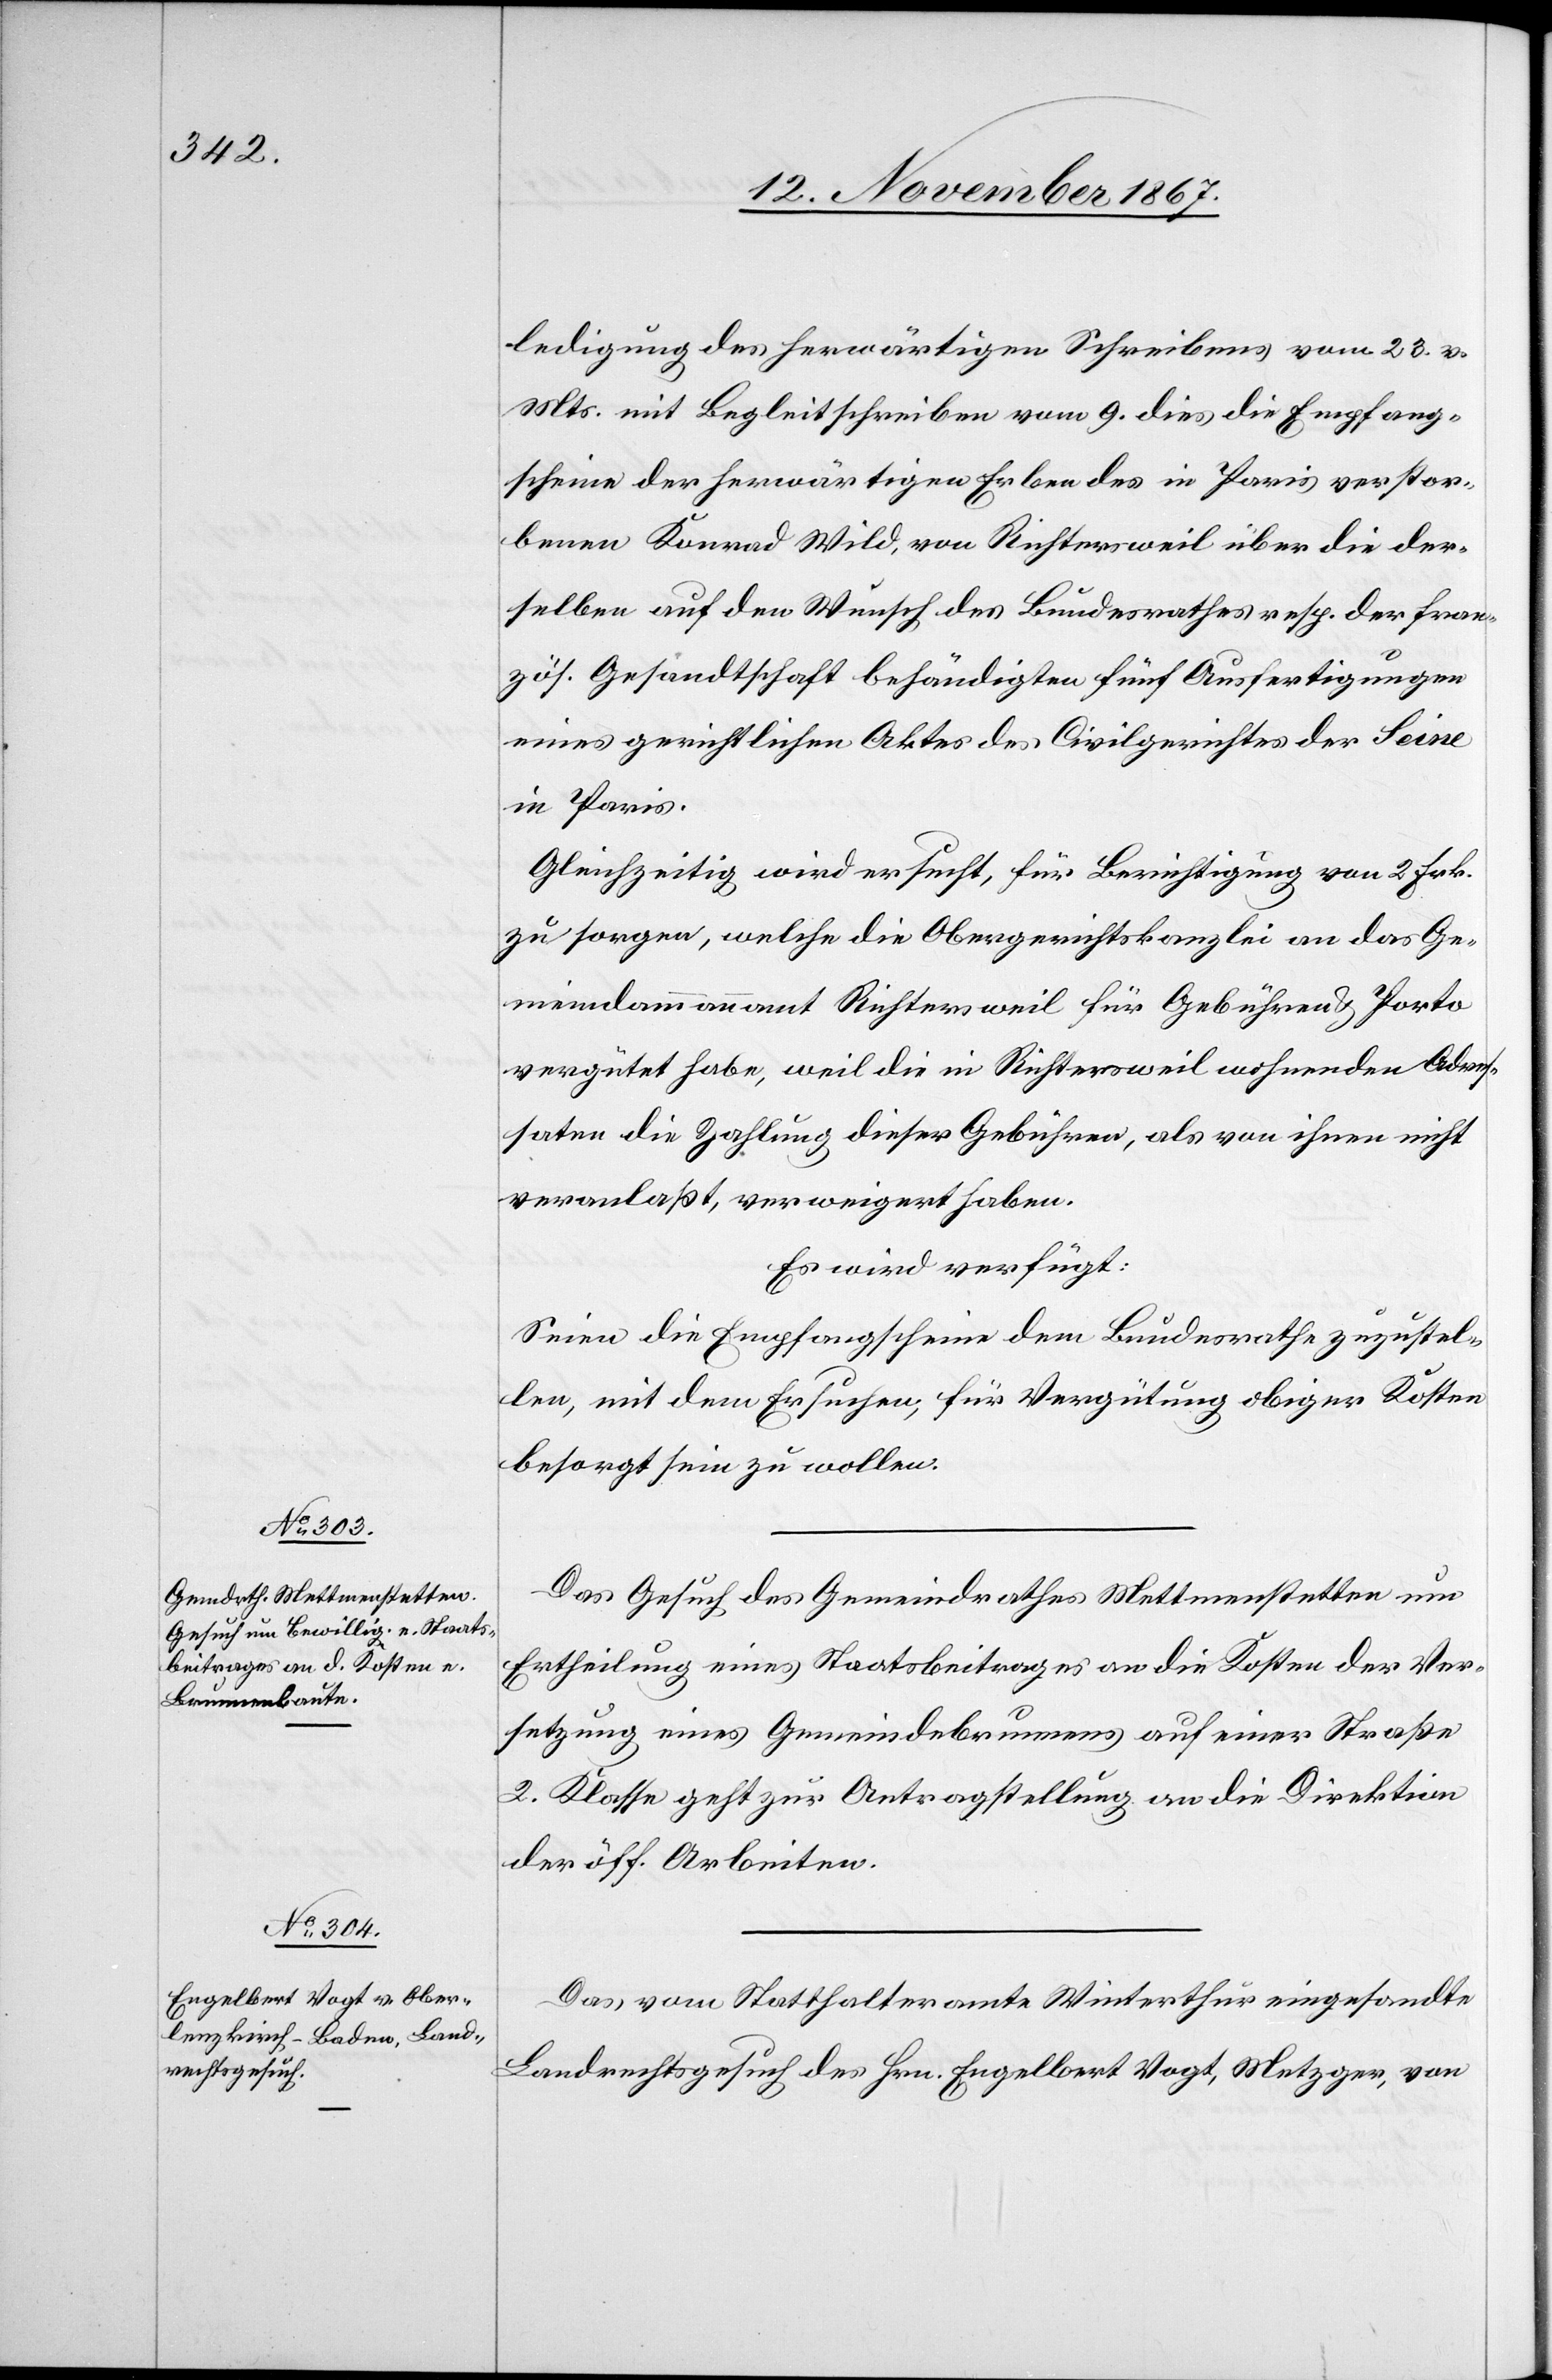
14. November 1867.]
ledigung des herwärtigen Schreibens vom 23. v.
Mts. mit Begleitschreiben vom 9. dies die Empfang¬
scheine der herwärtigen Erben des in Paris verstor¬
benen Konrad Wild, von Richtersweil über die der¬
selben auf den Wunsch des Bundesrathes resp. der fran¬
zös. Gesandtschaft behändigten fünf Ausfertigungen
eines gerichtlichen Aktes des Civilgerichtes der Seine
in Paris.
Gleichzeitig wird ersucht, für Berichtigung von 2 Frk.
zu sorgen, welche die Obergerichtskanzlei an das Ge¬
mendammannamt Richtersweil für Gebühren u. Porto
vergütet habe, weil die in Richtersweil wohnenden Adres¬
saten die Zahlung dieser Gebühren, als von ihnen nicht
veranlaßt, verweigert haben.
Es wird verfügt:
Seien die Empfangscheine dem Bundesrathe zuzustel¬
len, mit dem Ersuchen, für Vergütung obiger Kosten
besorgt sein zu wollen.
Das Gesuch des Gemeindrathes Mettmenstetten um
Ertheilung eines Staatsbeitrages an die Kosten der Ver¬
setzung eines Gemeindebrunnens auf einer Straße
2. Klasse geht zur Antragstellung an die Direktion
der öff. Arbeiten.
Das vom Statthalteramte Winterthur eingesandte
Landrechtsgesuch des Hrn. Engelbert Vogt, Metzger, von